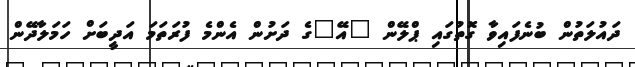
ދައުލަތުން ބުނެފައިވާ ގޮތުގައި ޕްލޭން "އޭ"ގެ ދަށުން އެންމެ ފުރަތަމަ އަދީބަށް ހަމަލާދޭން